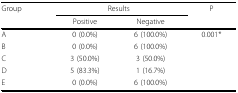
| Group | <COLSPAN=2> Results | P |
 |  | Positive | Negative |  |
 | --- | --- | --- | --- |
 | A | 0 (0.0%) | 6 (100.0%) | 0.001* |
 | B | 0 (0.0%) | 6 (100.0%) |  |
 | C | 3 (50.0%) | 3 (50.0%) |  |
 | D | 5 (83.3%) | 1 (16.7%) |  |
 | E | 0 (0.0%) | 6 (100.0%) |  |